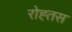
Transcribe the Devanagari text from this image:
रोह्तस